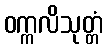
ဝက္ကလိသုတ္တံ